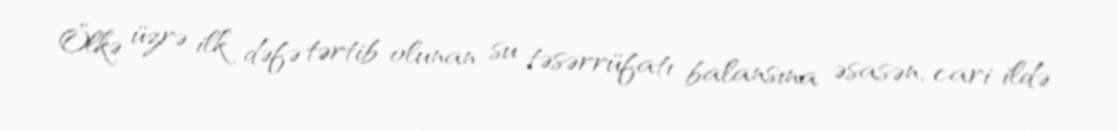
Ölkə üzrə ilk dəfə tərtib olunan su təsərrüfatı balansına əsasən, cari ildə